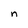
Character: n